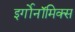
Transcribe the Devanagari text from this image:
इर्गोनॉमिक्स